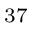
^ { 3 7 }